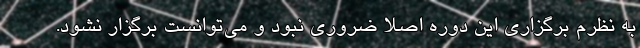
به نظرم برگزاری این دوره اصلا ضروری نبود و می‌توانست برگزار نشود.